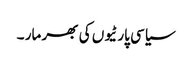
سیاسی پارٹیوں کی بھر مار ۔